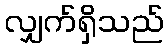
လျှက်ရှိသည်